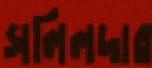
সলিলদার